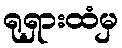
ရုရှားထံမှ